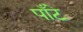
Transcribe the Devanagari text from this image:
पाँटे